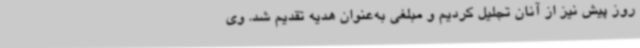
روز پیش نیز از آنان تجلیل کردیم و مبلغی به‌عنوان هدیه تقدیم شد. وی